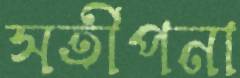
সতীপনা